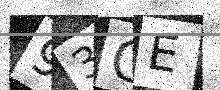
Text: 93GE